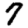
Digit: 7